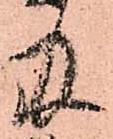
及